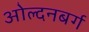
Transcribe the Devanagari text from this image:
ओल्दनबर्ग